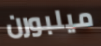
ميلبورن